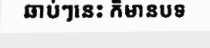
ឆាប់ៗនេះ ក៏មានបទ